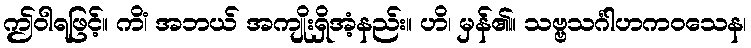
ဤဝါရဖြင့်။ ကိံ၊ အဘယ် အကျိုးရှိအံ့နည်း။ ဟိ၊ မှန်၏။ သဗ္ဗသင်္ဂါဟကဝသေန၊